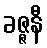
ခဇ္ဇနီ